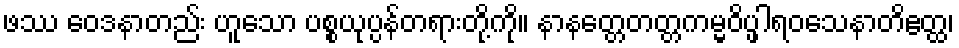
ဖဿ ဝေဒနာတည်း ဟူသော ပစ္စယုပ္ပန်တရားတို့ကို။ နာနတ္တေတတ္တကမ္မဝိပ္ဖါရဝသေနာတိဧတ္ထ၊